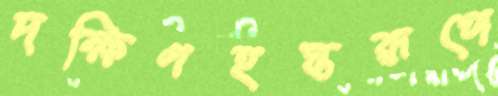
দক্ষিণহস্তরূপে